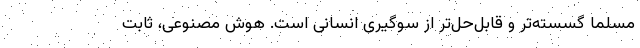
مسلما گسسته‌تر و قابل‌حل‌تر از سوگیری انسانی است. هوش مصنوعی، ثابت